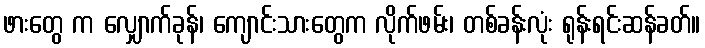
ဖားတွေ က လျှောက်ခုန်၊ ကျောင်းသားတွေက လိုက်ဖမ်း၊ တစ်ခန်းလုံး ရုန်းရင်းဆန်ခတ်။